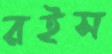
রইস